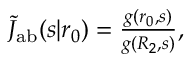
\begin{array} { r } { \tilde { J } _ { \mathrm { { a b } } } ( s | r _ { 0 } ) = \frac { g ( r _ { 0 } , s ) } { g ( R _ { 2 } , s ) } , } \end{array}